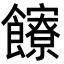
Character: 𩟩